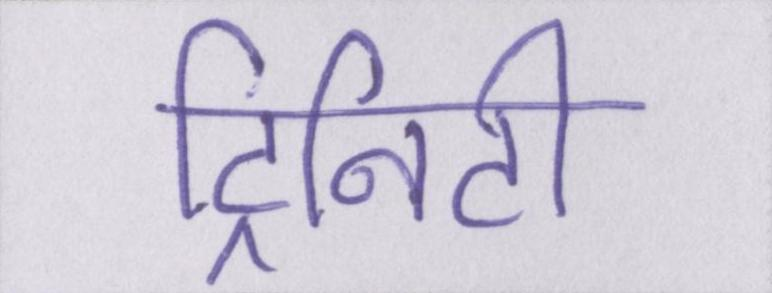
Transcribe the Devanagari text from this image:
ट्रिनिटी